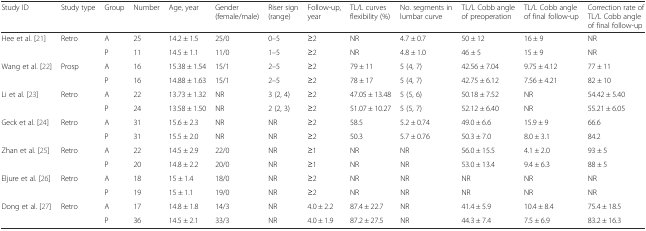
<table><thead><tr><td><b>Study ID</b></td><td><b>Study type</b></td><td><b>Group</b></td><td><b>Number</b></td><td><b>Age, year</b></td><td><b>Gender (female/male)</b></td><td><b>Riser sign (range)</b></td><td><b>Follow-up, year</b></td><td><b>TL/L curves flexibility (%)</b></td><td><b>No. segments in lumbar curve</b></td><td><b>TL/L Cobb angle of preoperation</b></td><td><b>TL/L Cobb angle of final follow-up</b></td><td><b>Correction rate of TL/L Cobb angle of final follow-up</b></td></tr></thead><tbody><tr><td>Hee et al. [21]</td><td>Retro</td><td>A</td><td>25</td><td>14.2 ± 1.5</td><td>25/0</td><td>0–5</td><td>≥2</td><td>NR</td><td>4.7 ± 0.7</td><td>50 ± 12</td><td>16 ± 9</td><td>NR</td></tr><tr><td></td><td></td><td>P</td><td>11</td><td>14.5 ± 1.1</td><td>11/0</td><td>1–5</td><td>≥2</td><td>NR</td><td>4.8 ± 1.0</td><td>46 ± 5</td><td>15 ± 9</td><td>NR</td></tr><tr><td>Wang et al. [22]</td><td>Prosp</td><td>A</td><td>16</td><td>15.38 ± 1.54</td><td>15/1</td><td>2–5</td><td>≥2</td><td>79 ± 11</td><td>5 (4, 7)</td><td>42.56 ± 7.04</td><td>9.75 ± 4.12</td><td>77 ± 11</td></tr><tr><td></td><td></td><td>P</td><td>16</td><td>14.88 ± 1.63</td><td>15/1</td><td>2–5</td><td>≥2</td><td>78 ± 17</td><td>5 (4, 7)</td><td>42.75 ± 6.12</td><td>7.56 ± 4.21</td><td>82 ± 10</td></tr><tr><td>Li et al. [23]</td><td>Retro</td><td>A</td><td>22</td><td>13.73 ± 1.32</td><td>NR</td><td>3 (2, 4)</td><td>≥2</td><td>47.05 ± 13.48</td><td>5 (5, 6)</td><td>50.18 ± 7.52</td><td>NR</td><td>54.42 ± 5.40</td></tr><tr><td></td><td></td><td>P</td><td>24</td><td>13.58 ± 1.50</td><td>NR</td><td>2 (2, 3)</td><td>≥2</td><td>51.07 ± 10.27</td><td>5 (5, 7)</td><td>52.12 ± 6.40</td><td>NR</td><td>55.21 ± 6.05</td></tr><tr><td>Geck et al. [24]</td><td>Retro</td><td>A</td><td>31</td><td>15.6 ± 2.3</td><td>NR</td><td>NR</td><td>≥2</td><td>58.5</td><td>5.2 ± 0.74</td><td>49.0 ± 6.6</td><td>15.9 ± 9</td><td>66.6</td></tr><tr><td></td><td></td><td>P</td><td>31</td><td>15.5 ± 2.0</td><td>NR</td><td>NR</td><td>≥2</td><td>50.3</td><td>5.7 ± 0.76</td><td>50.3 ± 7.0</td><td>8.0 ± 3.1</td><td>84.2</td></tr><tr><td>Zhan et al. [25]</td><td>Retro</td><td>A</td><td>22</td><td>14.5 ± 2.9</td><td>22/0</td><td>NR</td><td>≥1</td><td>NR</td><td>NR</td><td>56.0 ± 15.5</td><td>4.1 ± 2.0</td><td>93 ± 5</td></tr><tr><td></td><td></td><td>P</td><td>20</td><td>14.8 ± 2.2</td><td>20/0</td><td>NR</td><td>≥1</td><td>NR</td><td>NR</td><td>53.0 ± 13.4</td><td>9.4 ± 6.3</td><td>88 ± 5</td></tr><tr><td>Eljure et al. [26]</td><td>Retro</td><td>A</td><td>18</td><td>15 ± 1.4</td><td>18/0</td><td>NR</td><td>≥2</td><td>NR</td><td>NR</td><td>NR</td><td>NR</td><td>NR</td></tr><tr><td></td><td></td><td>P</td><td>19</td><td>15 ± 1.1</td><td>19/0</td><td>NR</td><td>≥2</td><td>NR</td><td>NR</td><td>NR</td><td>NR</td><td>NR</td></tr><tr><td>Dong et al. [27]</td><td>Retro</td><td>A</td><td>17</td><td>14.8 ± 1.8</td><td>14/3</td><td>NR</td><td>4.0 ± 2.2</td><td>87.4 ± 22.7</td><td>NR</td><td>41.4 ± 5.9</td><td>10.4 ± 8.4</td><td>75.4 ± 18.5</td></tr><tr><td></td><td></td><td>P</td><td>36</td><td>14.5 ± 2.1</td><td>33/3</td><td>NR</td><td>4.0 ± 1.9</td><td>87.2 ± 27.5</td><td>NR</td><td>44.3 ± 7.4</td><td>7.5 ± 6.9</td><td>83.2 ± 16.3</td></tr></tbody></table>